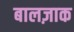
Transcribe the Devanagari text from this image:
बालज़ाक